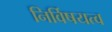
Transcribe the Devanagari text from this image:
निर्विषयत्व